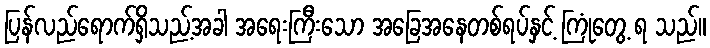
ပြန်လည်ရောက်ရှိသည့်အခါ အရေးကြီးသော အခြေအနေတစ်ရပ်နှင့် ကြုံတွေ့ ရ သည်။